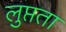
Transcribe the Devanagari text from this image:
लुप्तता